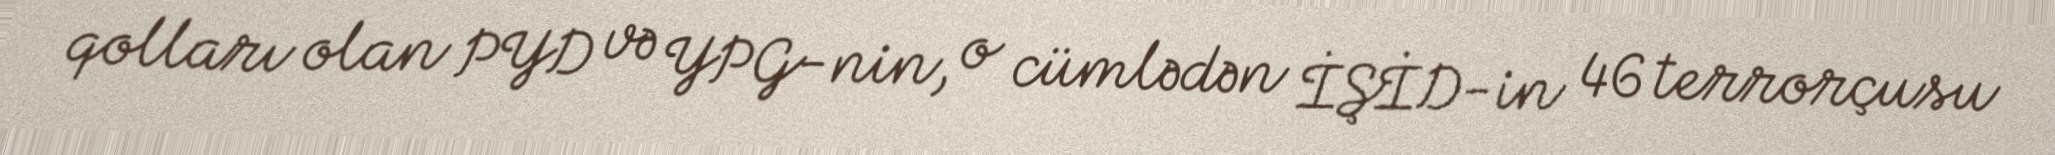
qolları olan PYD və YPG-nin, o cümlədən İŞİD-in 46 terrorçusu